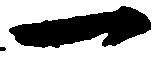
一